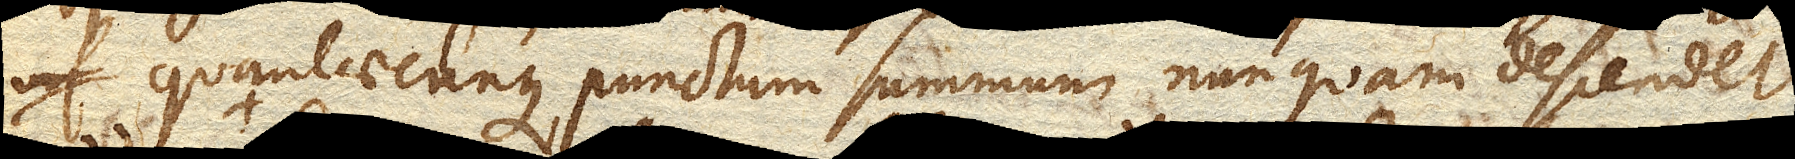
quantaecunque, punctum summum nunquam descendet